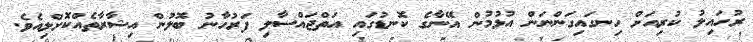
ރުހައިލު ކުރިއަށް ހިނގައިގަންނަން އުޅުމުން އޭނާގެ ކޮނޑުގައި އަތްޖައްސާލި ފަރުހާނު ބޮލުން އިޝާރާތެއްކޮށްލިއެވެ.